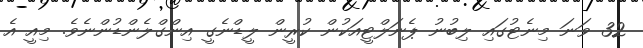
32 ވަނަ މިނެޓުގައި ލިބުނު ޕެނަލްޓީއަކުން ކުރީން ލީޑްނެގީ އިންގްލެންޑުންނެވެ. މިއީ އެ